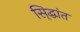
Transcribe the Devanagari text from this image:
सि्द्धांत